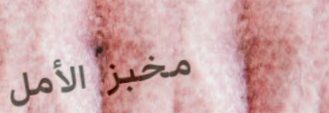
مخبز الأمل